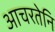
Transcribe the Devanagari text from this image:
आचरतेनि